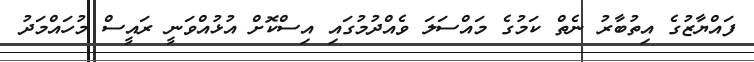
ފައްޔާޒުގެ އިތުބާރު ނެތް ކަމުގެ މައްސަލަ ވެއްދުމުގައި އިސްކޮށް އުޅުއްވަނީ ރައީސް މުހައްމަދު